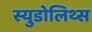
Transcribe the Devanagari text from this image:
स्युडोलिथ्स